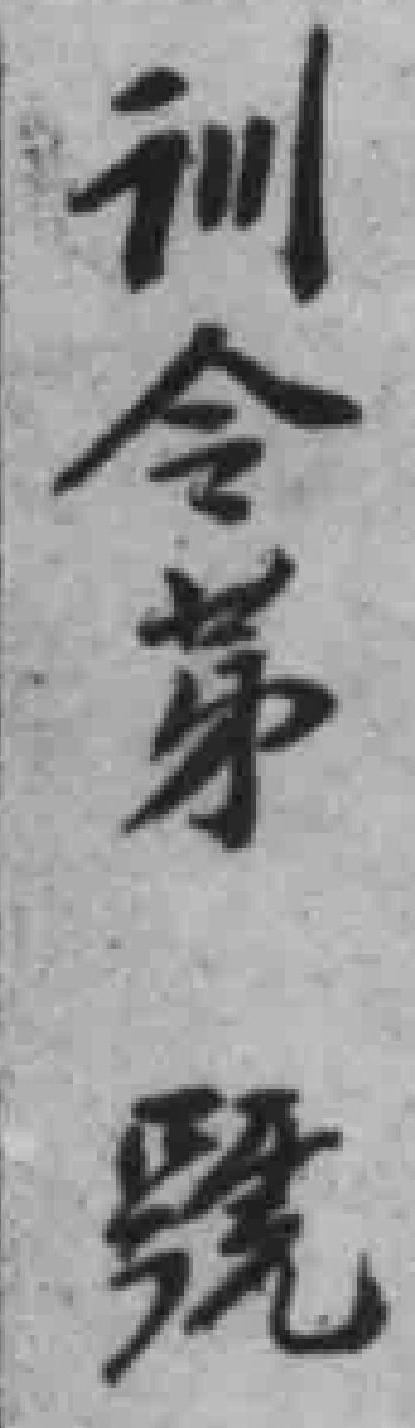
训令第號